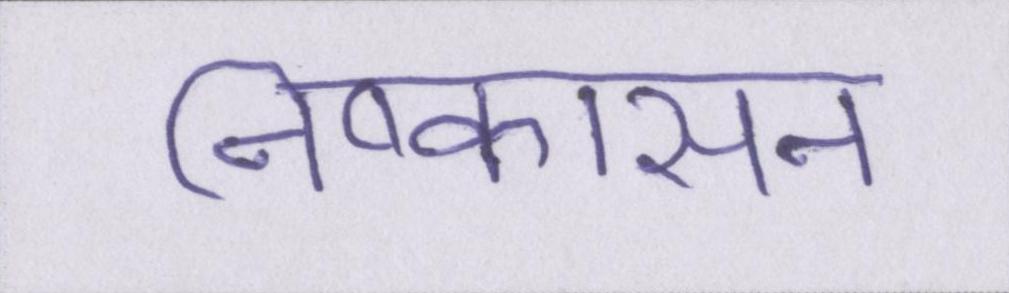
निष्कासन